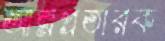
আত্মপ্রতারক